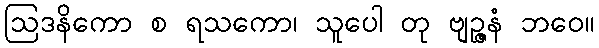
ဩဒနိကော စ ရသကော၊ သူပေါ တု ဗျဉ္ဇနံ ဘဝေ။